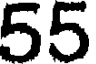
55